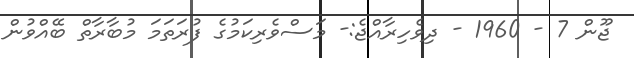
ޖޫން 7 - 1960 - ދިވެހިރާއްޖެ:- މަސްވެރިކަމުގެ ފުރަތަމަ މުބާރާތް ބޭއްވުން